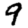
Digit: 9